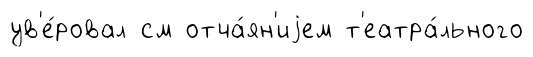
ув'е́ровал см отча́ян'иjем т'еатра́льного